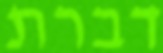
דברת